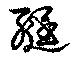
綎